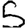
Digit: 5